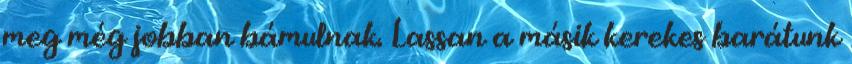
meg még jobban bámulnak. Lassan a másik kerekes barátunk